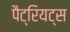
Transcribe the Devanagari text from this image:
पैट्रियट्स